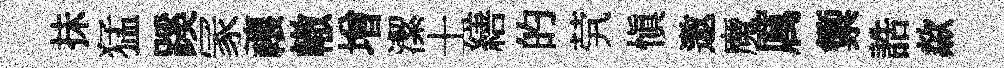
抺猛蹊冡禳轍增潔士繕的茕愼邀魔厲籞誥歘